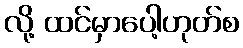
လို့ ထင်မှာပေါ့ဟုတ်စ